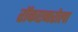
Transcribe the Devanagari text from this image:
रॉकएनरोला